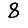
Digit: 8